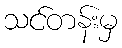
သင်တန်းမှ